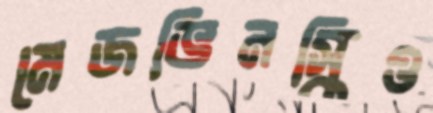
মেজভিনস্কিও